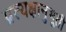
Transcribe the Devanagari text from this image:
प्रत्यक्षानुभूती